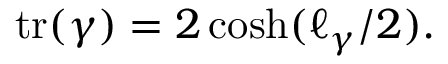
\operatorname { t r } ( \gamma ) = 2 \cosh ( \ell _ { \gamma } / 2 ) .